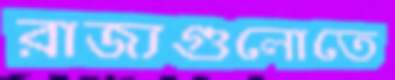
রাজ্যগুলোতে